Civil Veterinary Department Bihar & Orissa reports 1922-29 - 1922-1929
Year: 1922
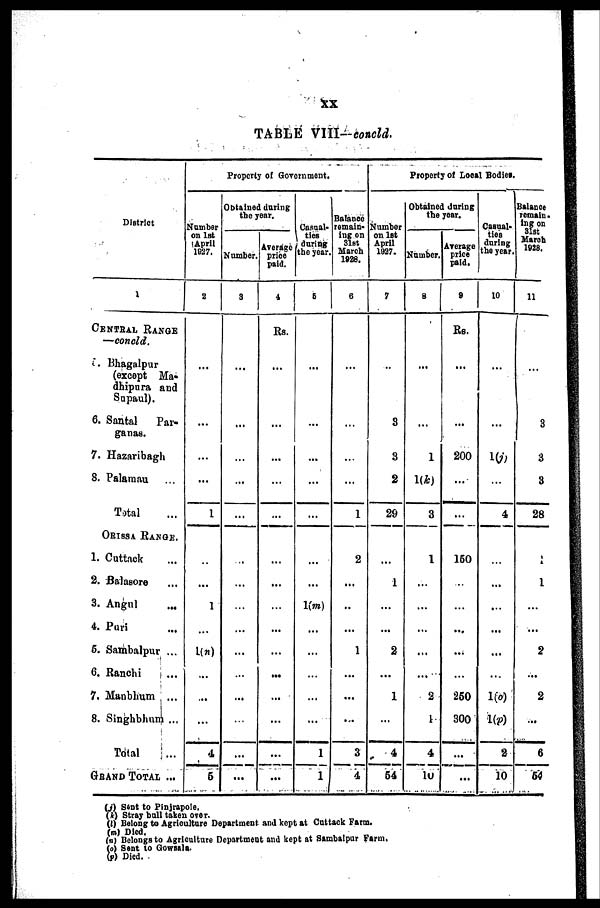
xx
TABLE Vlll-eoncld.
District
1
CENTRAL RANGE
—concld.
5. Bhagalpur
(except Ma-
dhipara and
Sapaul).
6. Santal
Par-
ganas.
7. Hazaribagh
8. Palamau
Total
ORISSA RANGE.
1. Cuttack
2. Balasore
3. Angul
4. Puri
5. Sambalpur ...
6. Ranchi
7. Manbhum ...
8. Singhbhnm ...
Total
GRAND TOTAL ...
Property of Government.
Number
on 1st
April
1927.
2
...
...
...
1
...
1
...
L(n)
...
...
...
4
5
Obtained daring
the year.
Number.
3
...
...
...
...
...
...
...
...
...
...
...
...
...
...
Average
price
paid.
Casual-
ties
during
the year.
4
5
Rs.
...
...
...
....
...
...
...
...
...
....
...
...
...
...
...
...
...
...
...
...
1(m)
...
...
...
...
...
1
1
Balance
remain*
ing on
31st
March
1928.
6
...
...
...
1
2
...
..
...
1
...
...
...
3
4
Property of Local Bodies.
Number
on 1st
April
1927.
7
3
3
2
29
...
1
...
...
2
...
1
...
4
54
Obtained during
the year.
Number.
8
...
1
1(k)
3
1
...
...
...
...
...
2
1
4
10
Arerage
price
paid.
9
Rs.
...
200
...
150
...
...
...
...
250
300
...
...
Casual*
ties
during
the year.
10
...
1(j)
...
4
...
...
...
...
...
...
1(0)
1(p)
2
10
Balance
remain,
ing on
31st
March
1928.
11
...
3
3
3
28
1
1
...
...
2
...
2
...
6
64
(j) Sent to Pinjrapole.
(k) Stray bull taken over.
(0 Belong to Agriculture Department and kept at Cuttack Farm.
(m) Died.
(n) Belongs to Agriculture Department and kept at Sambalpur Farm.
(o) Sent to Gowssla.
(p) Died.